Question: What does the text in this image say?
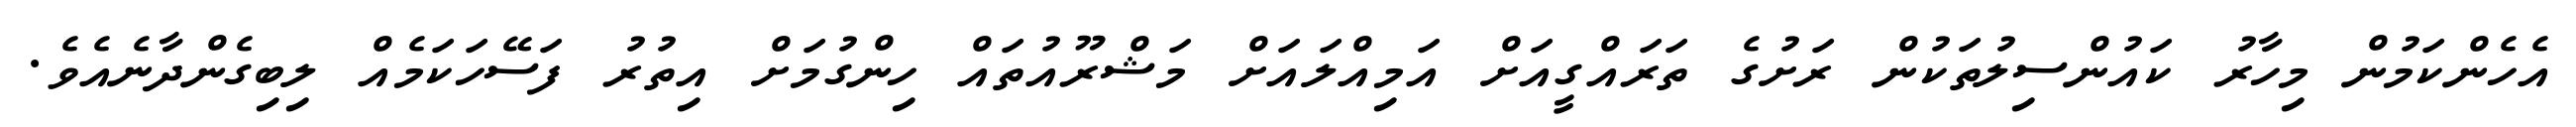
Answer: އެހެންކަމުން މިހާރު ކައުންސިލުތަކުން ރަށުގެ ތަރައްގީއަށް އަމިއްލައަށް މަޝްރޫއުތައް ހިންގުމަށް އިތުރު ފަސޭހަކަމެއް ލިބިގެންދާނެއެވެ.